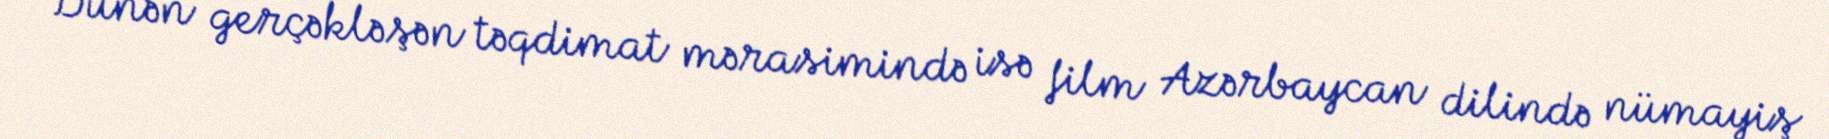
Dünən gerçəkləşən təqdimat mərasimində isə film Azərbaycan dilində nümayiş